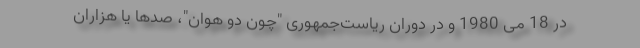
در 18 می 1980 و در دوران ریاست‌جمهوری "چون دو هوان"، صدها یا هزاران